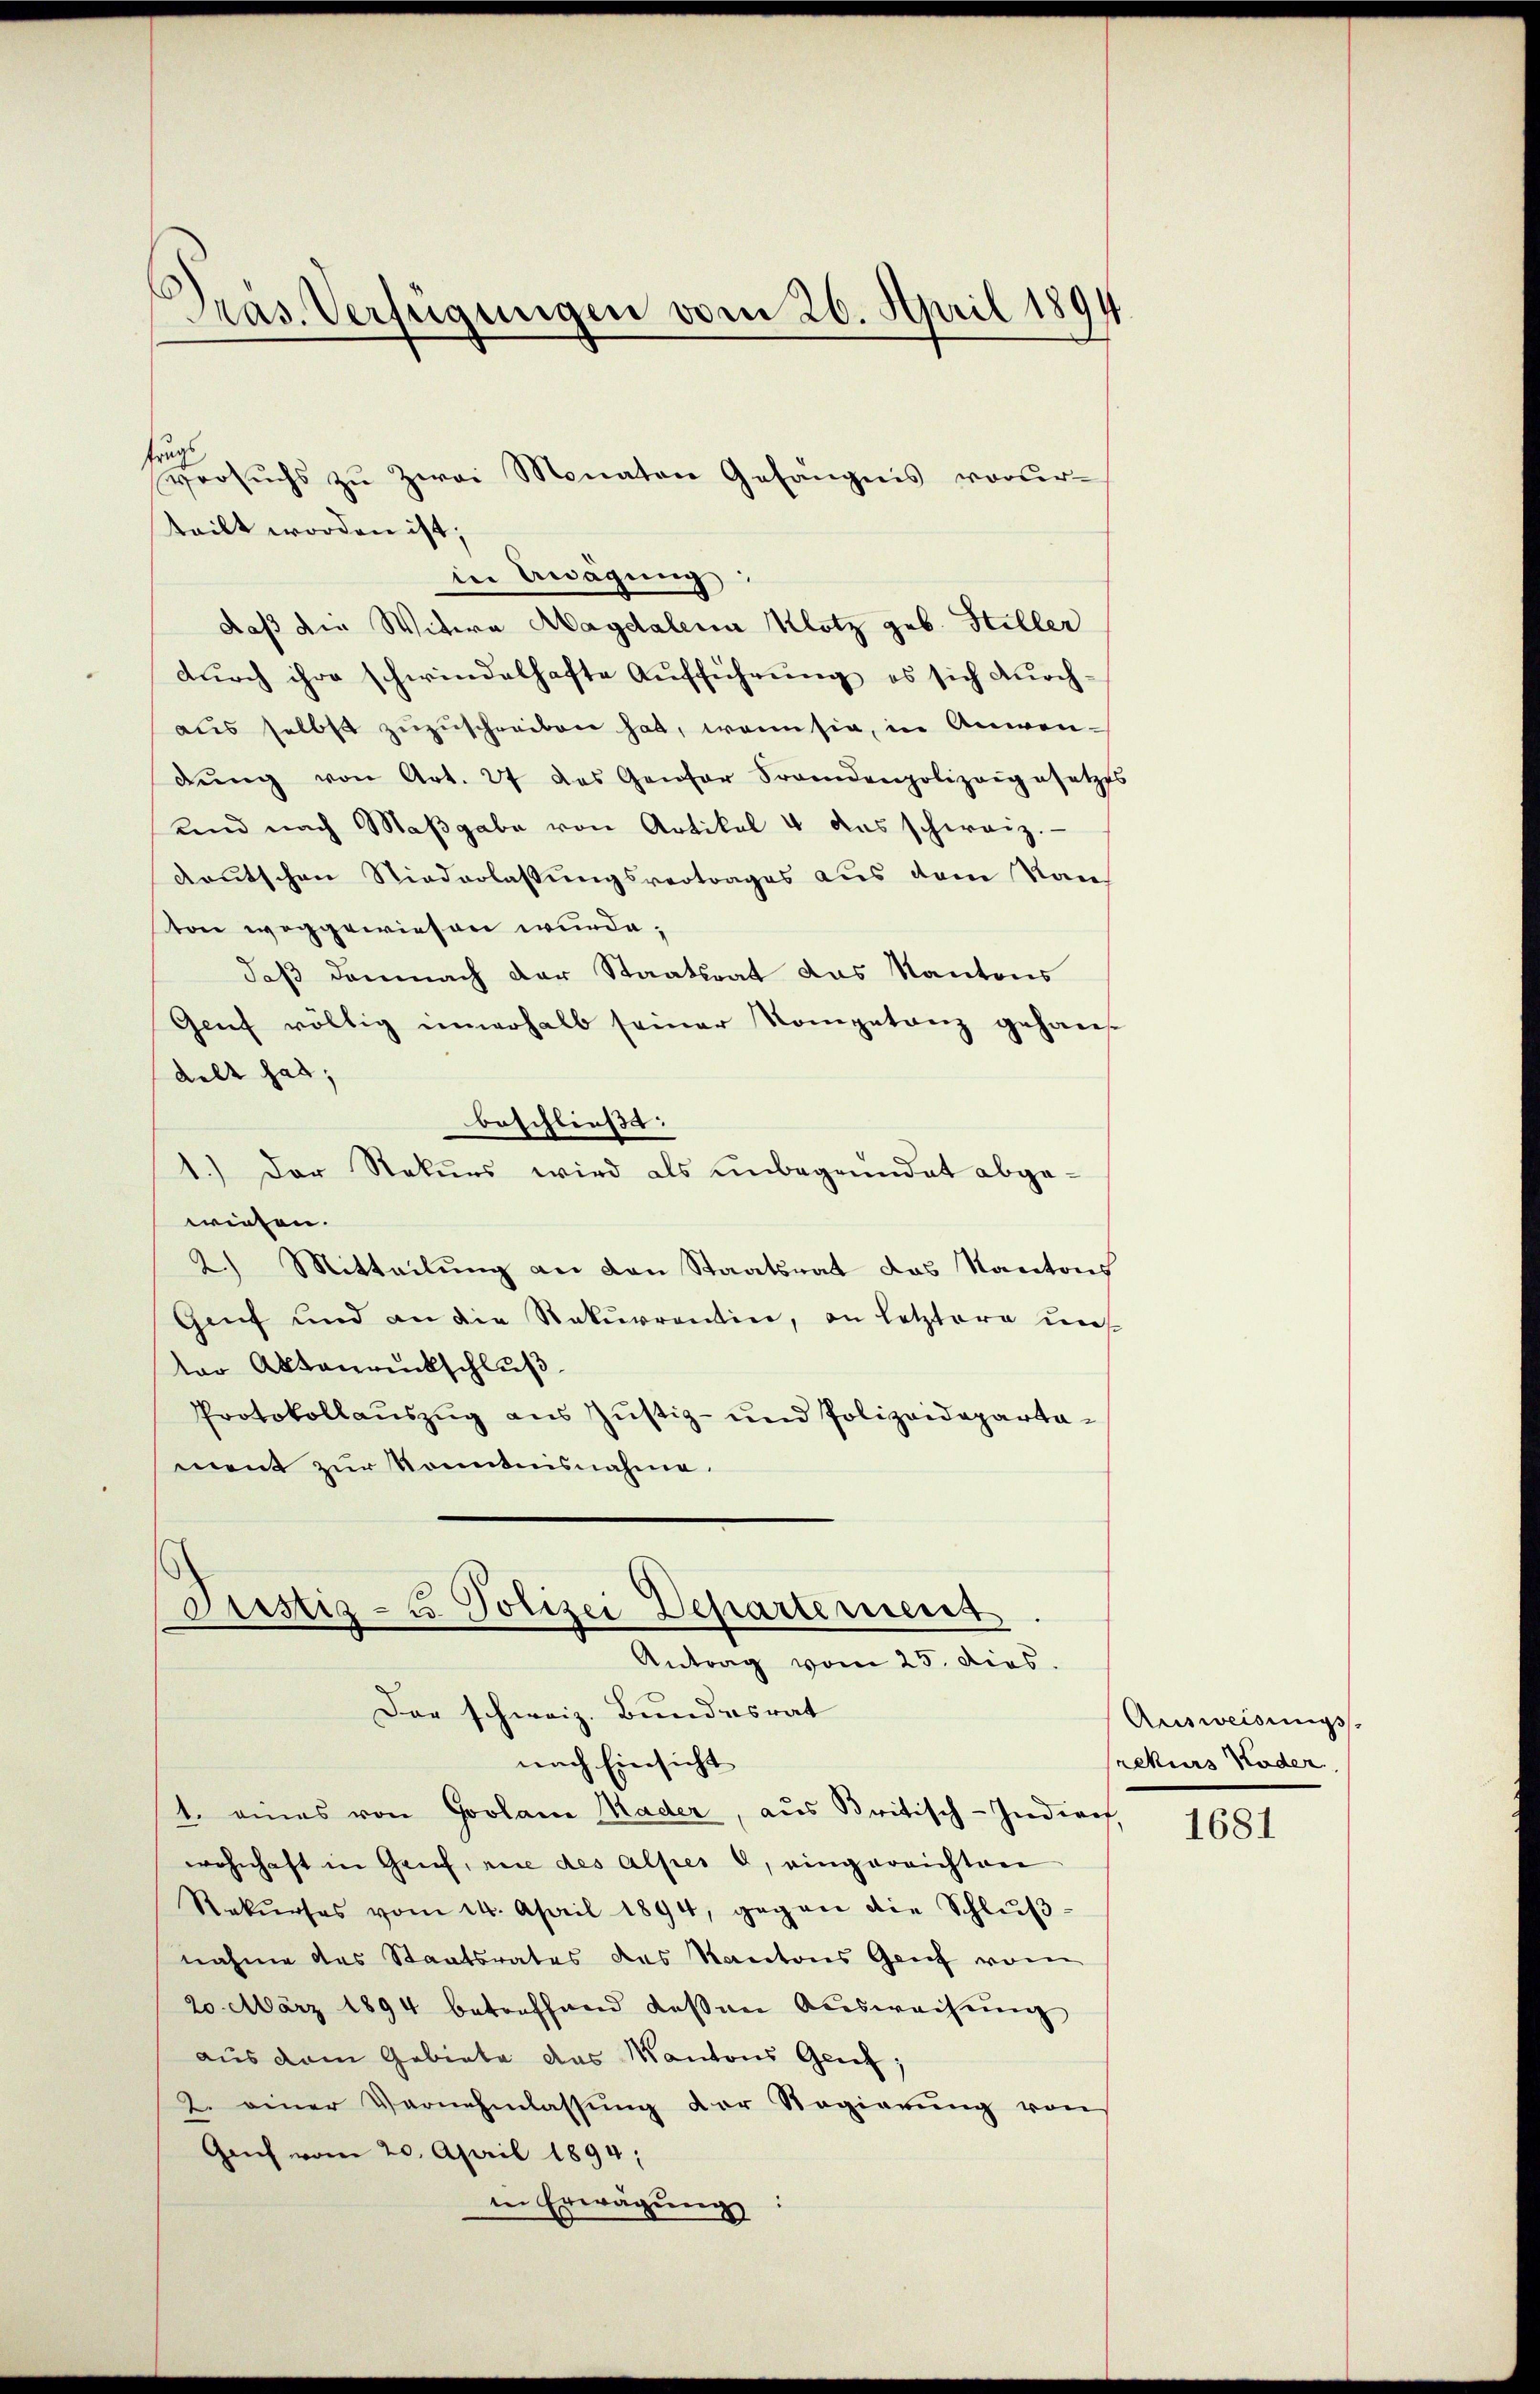
Pras. Verfügungen vom 26. April 1890

frugs
teilt worden ist;
daß die Witwe Magdalena Klotz geb. Stiller
durch ihre schwindelhafte Aufführung es sich durch-
aus selbst zuzuschreiben hat, wenn sie, in Anwendŭng von Art. 27 des Genfer Fraendenpolizeigesetzes
und nach Maβgabe von Artikel 4 das schweiz.
deutschen Niederlassungsvertrages aus dem Kan
ton weggewiesen wurde;
daß demnach der Staatsrat das Kantons
Genf völlig innerhalb seiner Kompetanz gehandelt hat;
beschließt:
1.) Der Rekurs wird als unbegründet abgewiesen.
2.) Mitteilung an den Staatsrat das Kantons
Genf und an die Rekurrentin, an letztere uns
ter Aktenrückschluß
Protokollauszug aus Justiz- und Polizeidepartament zur Kenntnisnahme.

Versŭchs zŭ zwei Monaten Gefängnis vorur-
in Bagung:

Justiz- u Polizei Departement
Antrag vom 25. dies
Das schweiz. Bundesrat

nach Einsicht
1. eines von Goolani Mader, aus Britisch-Indiach,
wohnhaft in Genf, eine des Alpes 8, eingereichten
Rekŭrses vom 24. April 1894, gegen die Schlŭβ-
nahme das Staatsrates des Kantons Genf vom
20. März 1894 betreffend dessen Ausweisung
aus dem Gebiete das Kantons Genf;
2. einer Vernehmlassŭng der Regierŭng von
Geich vom 20. April 1894;
in Erwägung

Ausweisungs-
rekurs Koder

1681